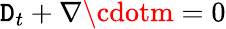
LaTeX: \mathtt{D}_{t}+\nabla\cdotm=0